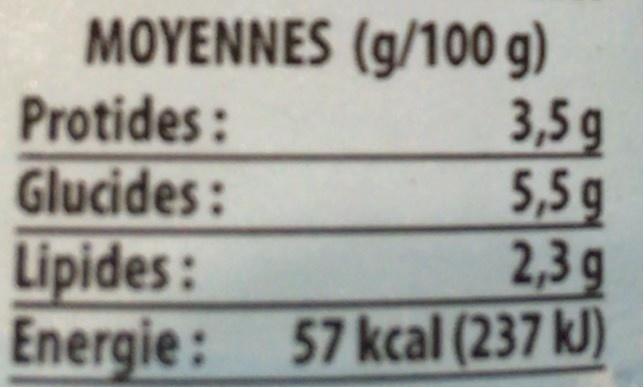
ΜΟΥEΝΝES (g/100 g) 3,5 g 5,5g 2,3g 57 kcal (237 kJ)
Protides: Glucides:
Lipides : Energie :